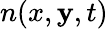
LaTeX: n(x,\mathbf{y},t)